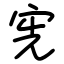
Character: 宪